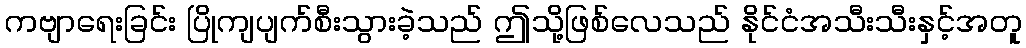
ကဗျာရေးခြင်း ပြိုကျပျက်စီးသွားခဲ့သည် ဤသို့ဖြစ်လေသည် နိုင်ငံအသီးသီးနှင့်အတူ